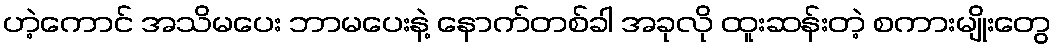
ဟဲ့ကောင် အသိမပေး ဘာမပေးနဲ့ နောက်တစ်ခါ အခုလို ထူးဆန်းတဲ့ စကားမျိုးတွေ